Annual returns of the Patna Lunatic Asylum at Bankipore in Bihar and Orissa - 1912-1924
Year: 1912
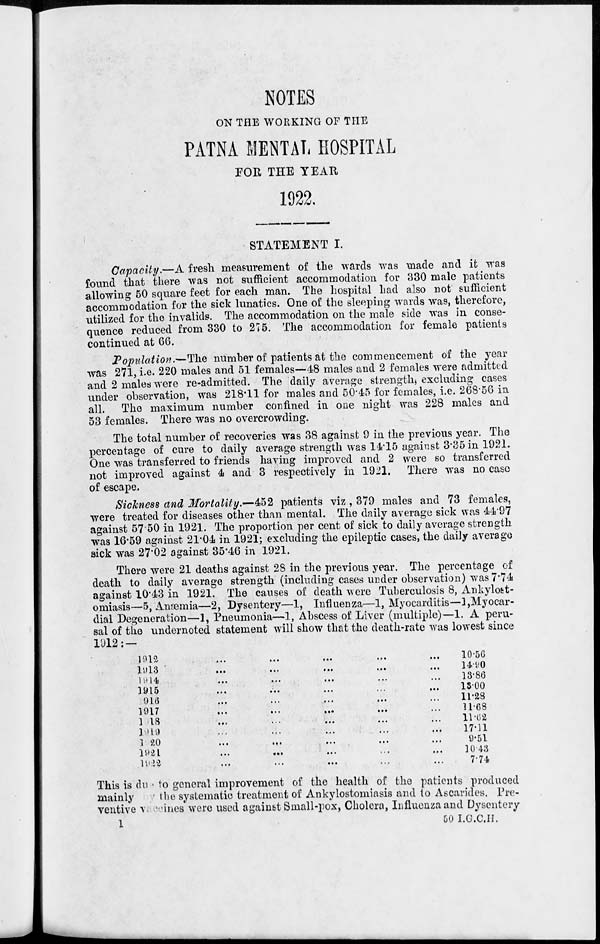
NOTES
ON THE WORKING OF THE
PATNA MENTAL HOSPITAL
FOR THE YEAR
1922.
STATEMENT I.
Capacity.—A fresh measurement of the wards was made and it was
found that there was not sufficient accommodation for 330 male patients
allowing 50 square feet for each man. The hospital had also not sufficient
accommodation for the sick lunatics. One of the sleeping wards was, therefore,
utilized for the invalids. The accommodation on the male side was in conse-
quence reduced from 330 to 275. The accommodation for female patients
continued at 66.
Population.—The number of patients at the commencement of the year
was 271, i.e. 220 males and 51 females—48 males and 2 females were admitted
and 2 males were re-admitted. The daily average strength, excluding cases
under observation, was 218.11 for males and 50.45 for females, i.e. 268.56 in
all.
The maximum number confined in one night was 228 males and
53 females. There was no overcrowding.
The total number of recoveries was 38 against 9 in the previous year. The
percentage of cure to daily average strength was 14.15 against 3.35 in 1921.
One was transferred to friends having improved and 2 were so transferred
not improved against 4 and 3 respectively in 1921. There was no case
of escape.
Sickness and Mortality.—452 patients viz , 379 males and 73 females,
were treated for diseases other than mental. The daily average sick was 44.97
against 57.50 in 1921. The proportion per cent of sick to daily average strength
was 16.59 against 21.04 in 1921; excluding the epileptic cases, the daily average
sick was 27.02 against 35.46 in 1921.
There were 21 deaths against 28 in the previous year. The percentage of
death to daily average strength (including cases under observation) was 7.74
against 10.43 in 1921. The causes of death were Tuberculosis 8, Ankylost-
omiasis—5, Anæmia—2, Dysentery—1, Influenza—1, Myocarditis—1, Myocar-
dial Degeneration—1, Pneumonia—1, Abscess of Liver (multiple)—1. A peru-
sal of the undernoted statement will show that the death-rate was lowest since
1912: —
1912
...
...
...
...
...
1913
...
...
...
...
...
1914
...
...
...
...
...
1915
...
...
...
...
...
1916 ... ... ... ... ...
1917
...
...
...
...
...
1918
...
...
...
...
...
1919 ... ... ... ... ...
1920
...
...
...
...
...
1921
...
...
...
...
...
1922
...
...
...
...
...
10.56
14.90
13.86
13.00
11.28
11.68
11.62
17.11
9.51
1043
7.74
This is due to general improvement of the health of the patients produced
mainly by the systematic treatment of Ankylostomiasis and to Ascarides. Pre-
ventive vaccines were used against Small-pox, Cholera, Influenza and Dysentery
1
50 I.G.C.H.